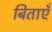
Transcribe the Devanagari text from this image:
बिताएँ